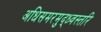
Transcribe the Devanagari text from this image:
अधिसमरमुद्ध्वस्तरि